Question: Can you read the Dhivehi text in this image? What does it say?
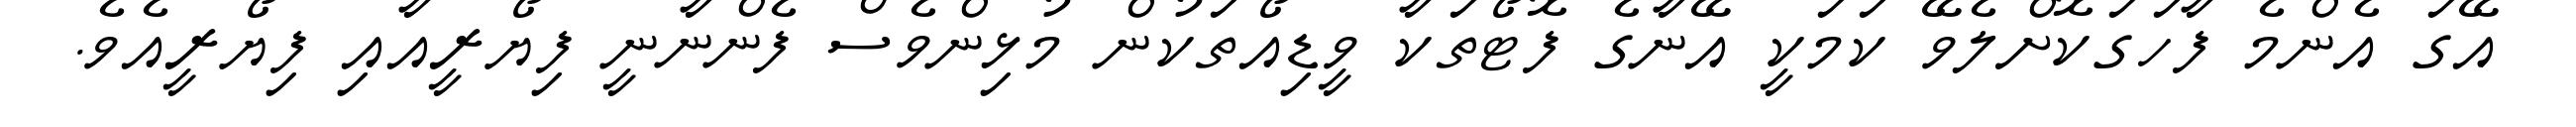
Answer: އޭގަ އެންމެ ފާހަގަކޮށްލެވޭ ކަމަކީ އޭނާގެ ފޮޓޯތަކާ ވީޑިއޯތަކުން މުޅިންވެސް ފެންނާނީ ފިޔޯރީއާއި ފިޔޯރީއެވެ.